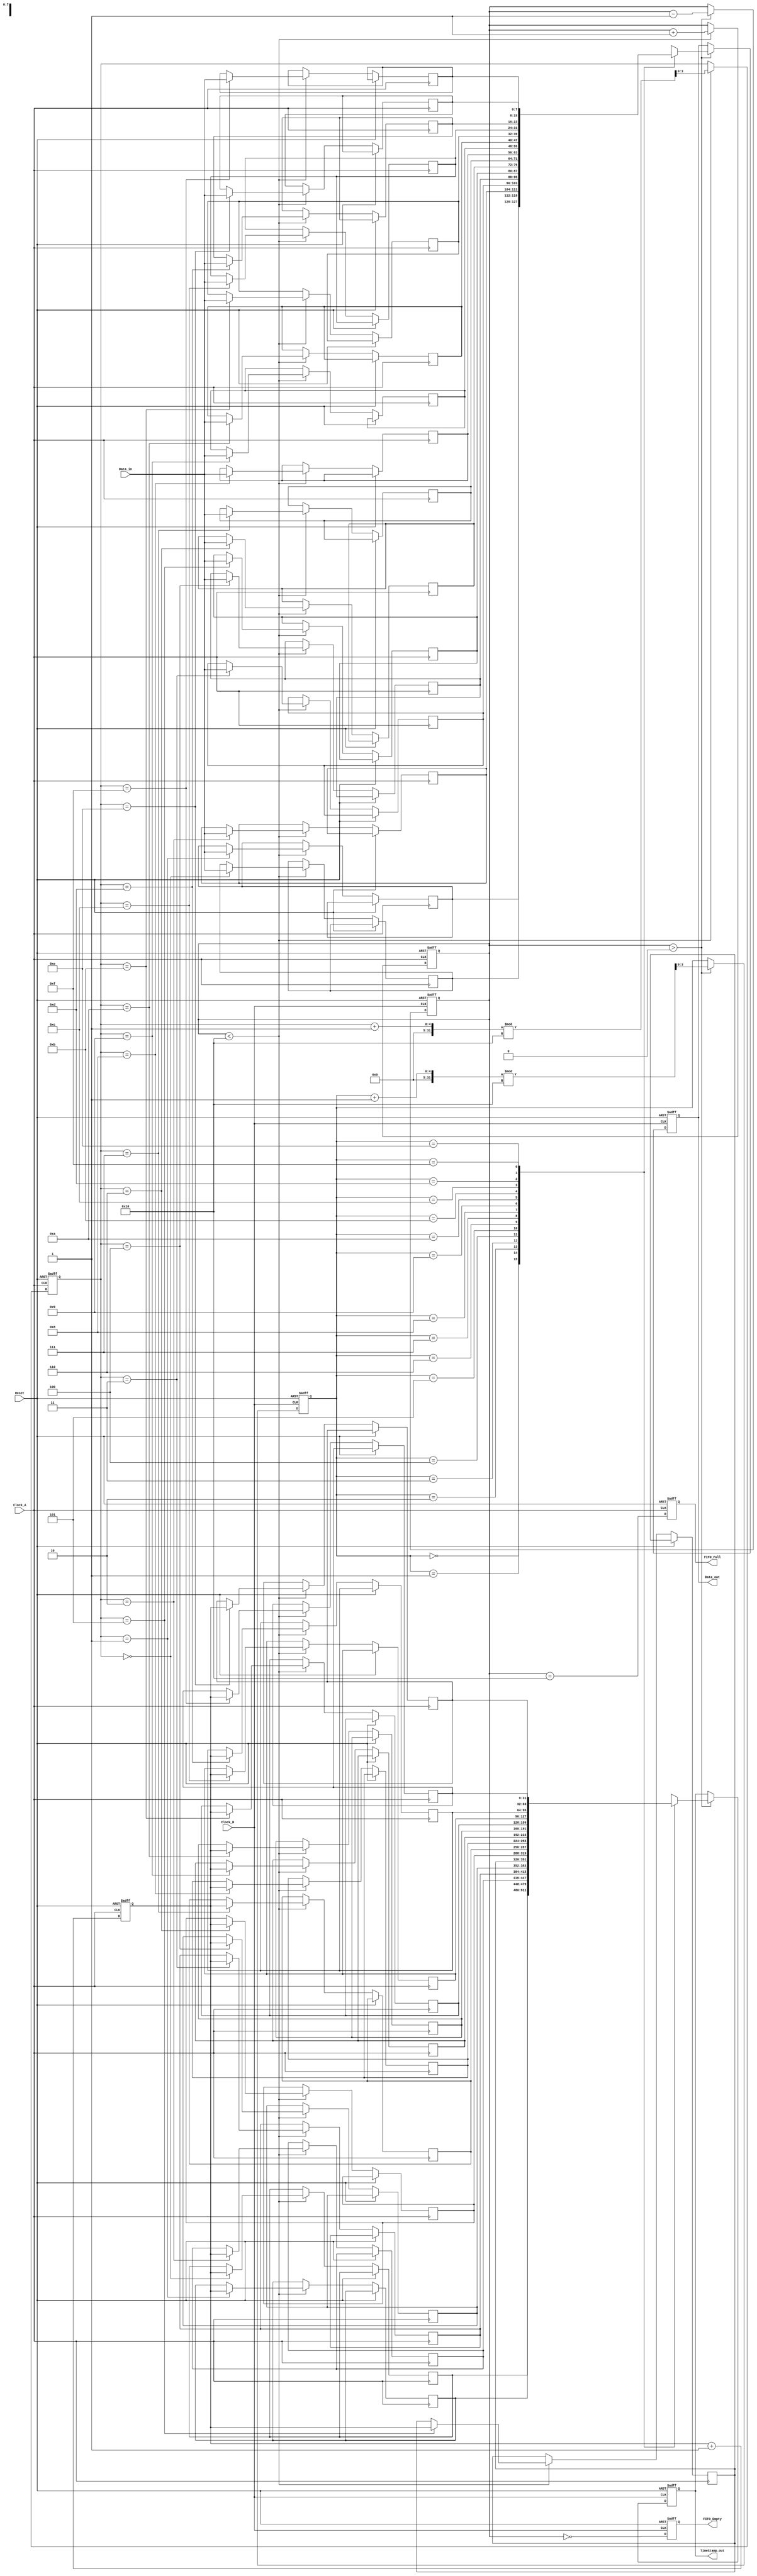
module TimeStampedSynchronizer (
    input wire Clock_A,
    input wire Clock_B,
    input wire Reset,
    input wire [7:0] Data_in,        // Input data from Clock_A
    output reg [7:0] Data_out,       // Output data to Clock_B
    output reg [31:0] TimeStamp_out, // Output time stamp to Clock_B
    output reg FIFO_Empty,           // FIFO empty flag
    output reg FIFO_Full             // FIFO full flag
);

    // FIFO parameters
    parameter FIFO_DEPTH = 16;
    reg [7:0] FIFO_data [0:FIFO_DEPTH-1];
    reg [31:0] FIFO_timestamp [0:FIFO_DEPTH-1];
    reg [3:0] write_ptr = 0;
    reg [3:0] read_ptr = 0;
    reg [4:0] FIFO_count = 0; // To track the number of entries in FIFO

    // Time Stamp Generator
    reg [31:0] time_stamp_counter = 0;

    // FIFO Write Logic (Clock_A domain)
    always @(posedge Clock_A or posedge Reset) begin
        if (Reset) begin
            write_ptr <= 0;
            FIFO_count <= 0;
            time_stamp_counter <= 0;
            FIFO_Full <= 0;
        end else begin
            // Generate time stamp
            time_stamp_counter <= time_stamp_counter + 1;

            // Write data and timestamp to FIFO if not full
            if (FIFO_count < FIFO_DEPTH) begin
                FIFO_data[write_ptr] <= Data_in;
                FIFO_timestamp[write_ptr] <= time_stamp_counter;
                write_ptr <= (write_ptr + 1) % FIFO_DEPTH;
                FIFO_count <= FIFO_count + 1;
            end

            // Update FIFO full flag
            FIFO_Full <= (FIFO_count == FIFO_DEPTH);
        end
    end

    // FIFO Read Logic (Clock_B domain)
    always @(posedge Clock_B or posedge Reset) begin
        if (Reset) begin
            read_ptr <= 0;
            FIFO_count <= 0;
            Data_out <= 0;
            TimeStamp_out <= 0;
            FIFO_Empty <= 1;
        end else begin
            // Read data and timestamp from FIFO if not empty
            if (FIFO_count > 0) begin
                Data_out <= FIFO_data[read_ptr];
                TimeStamp_out <= FIFO_timestamp[read_ptr];
                read_ptr <= (read_ptr + 1) % FIFO_DEPTH;
                FIFO_count <= FIFO_count - 1;
            end

            // Update FIFO empty flag
            FIFO_Empty <= (FIFO_count == 0);
        end
    end

endmodule